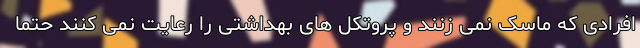
افرادی که ماسک نمی زنند و پروتکل های بهداشتی را رعایت نمی کنند حتما